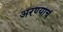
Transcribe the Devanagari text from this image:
अरण्याचं